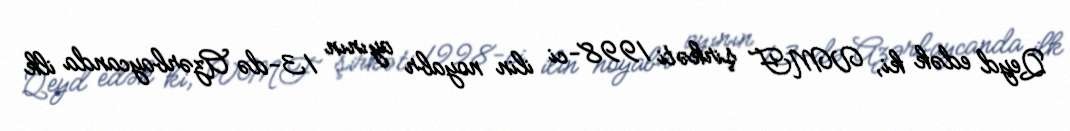
Qeyd edək ki, VMF şirkəti 1998-ci ilin noyabr ayının 13-də Azərbaycanda ilk